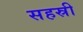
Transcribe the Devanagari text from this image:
सहस्री